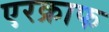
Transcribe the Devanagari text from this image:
एरक्राफ